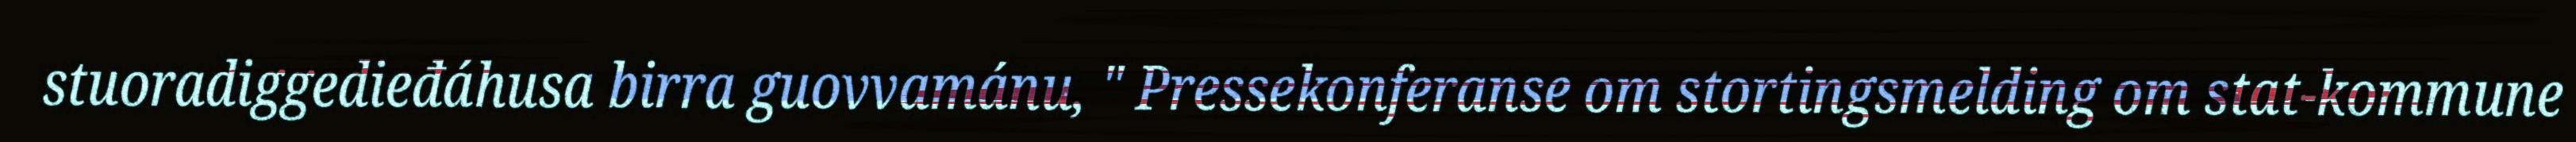
stuoradiggedieđáhusa birra guovvamánu, " Pressekonferanse om stortingsmelding om stat-kommune